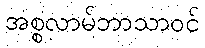
အစ္စလာမ်ဘာသာဝင်